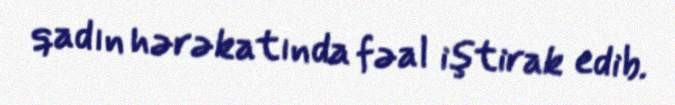
qadın hərəkatında fəal iştirak edib.